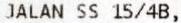
JALAN SS 15/4B,